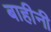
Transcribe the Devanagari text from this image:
बाहीनी